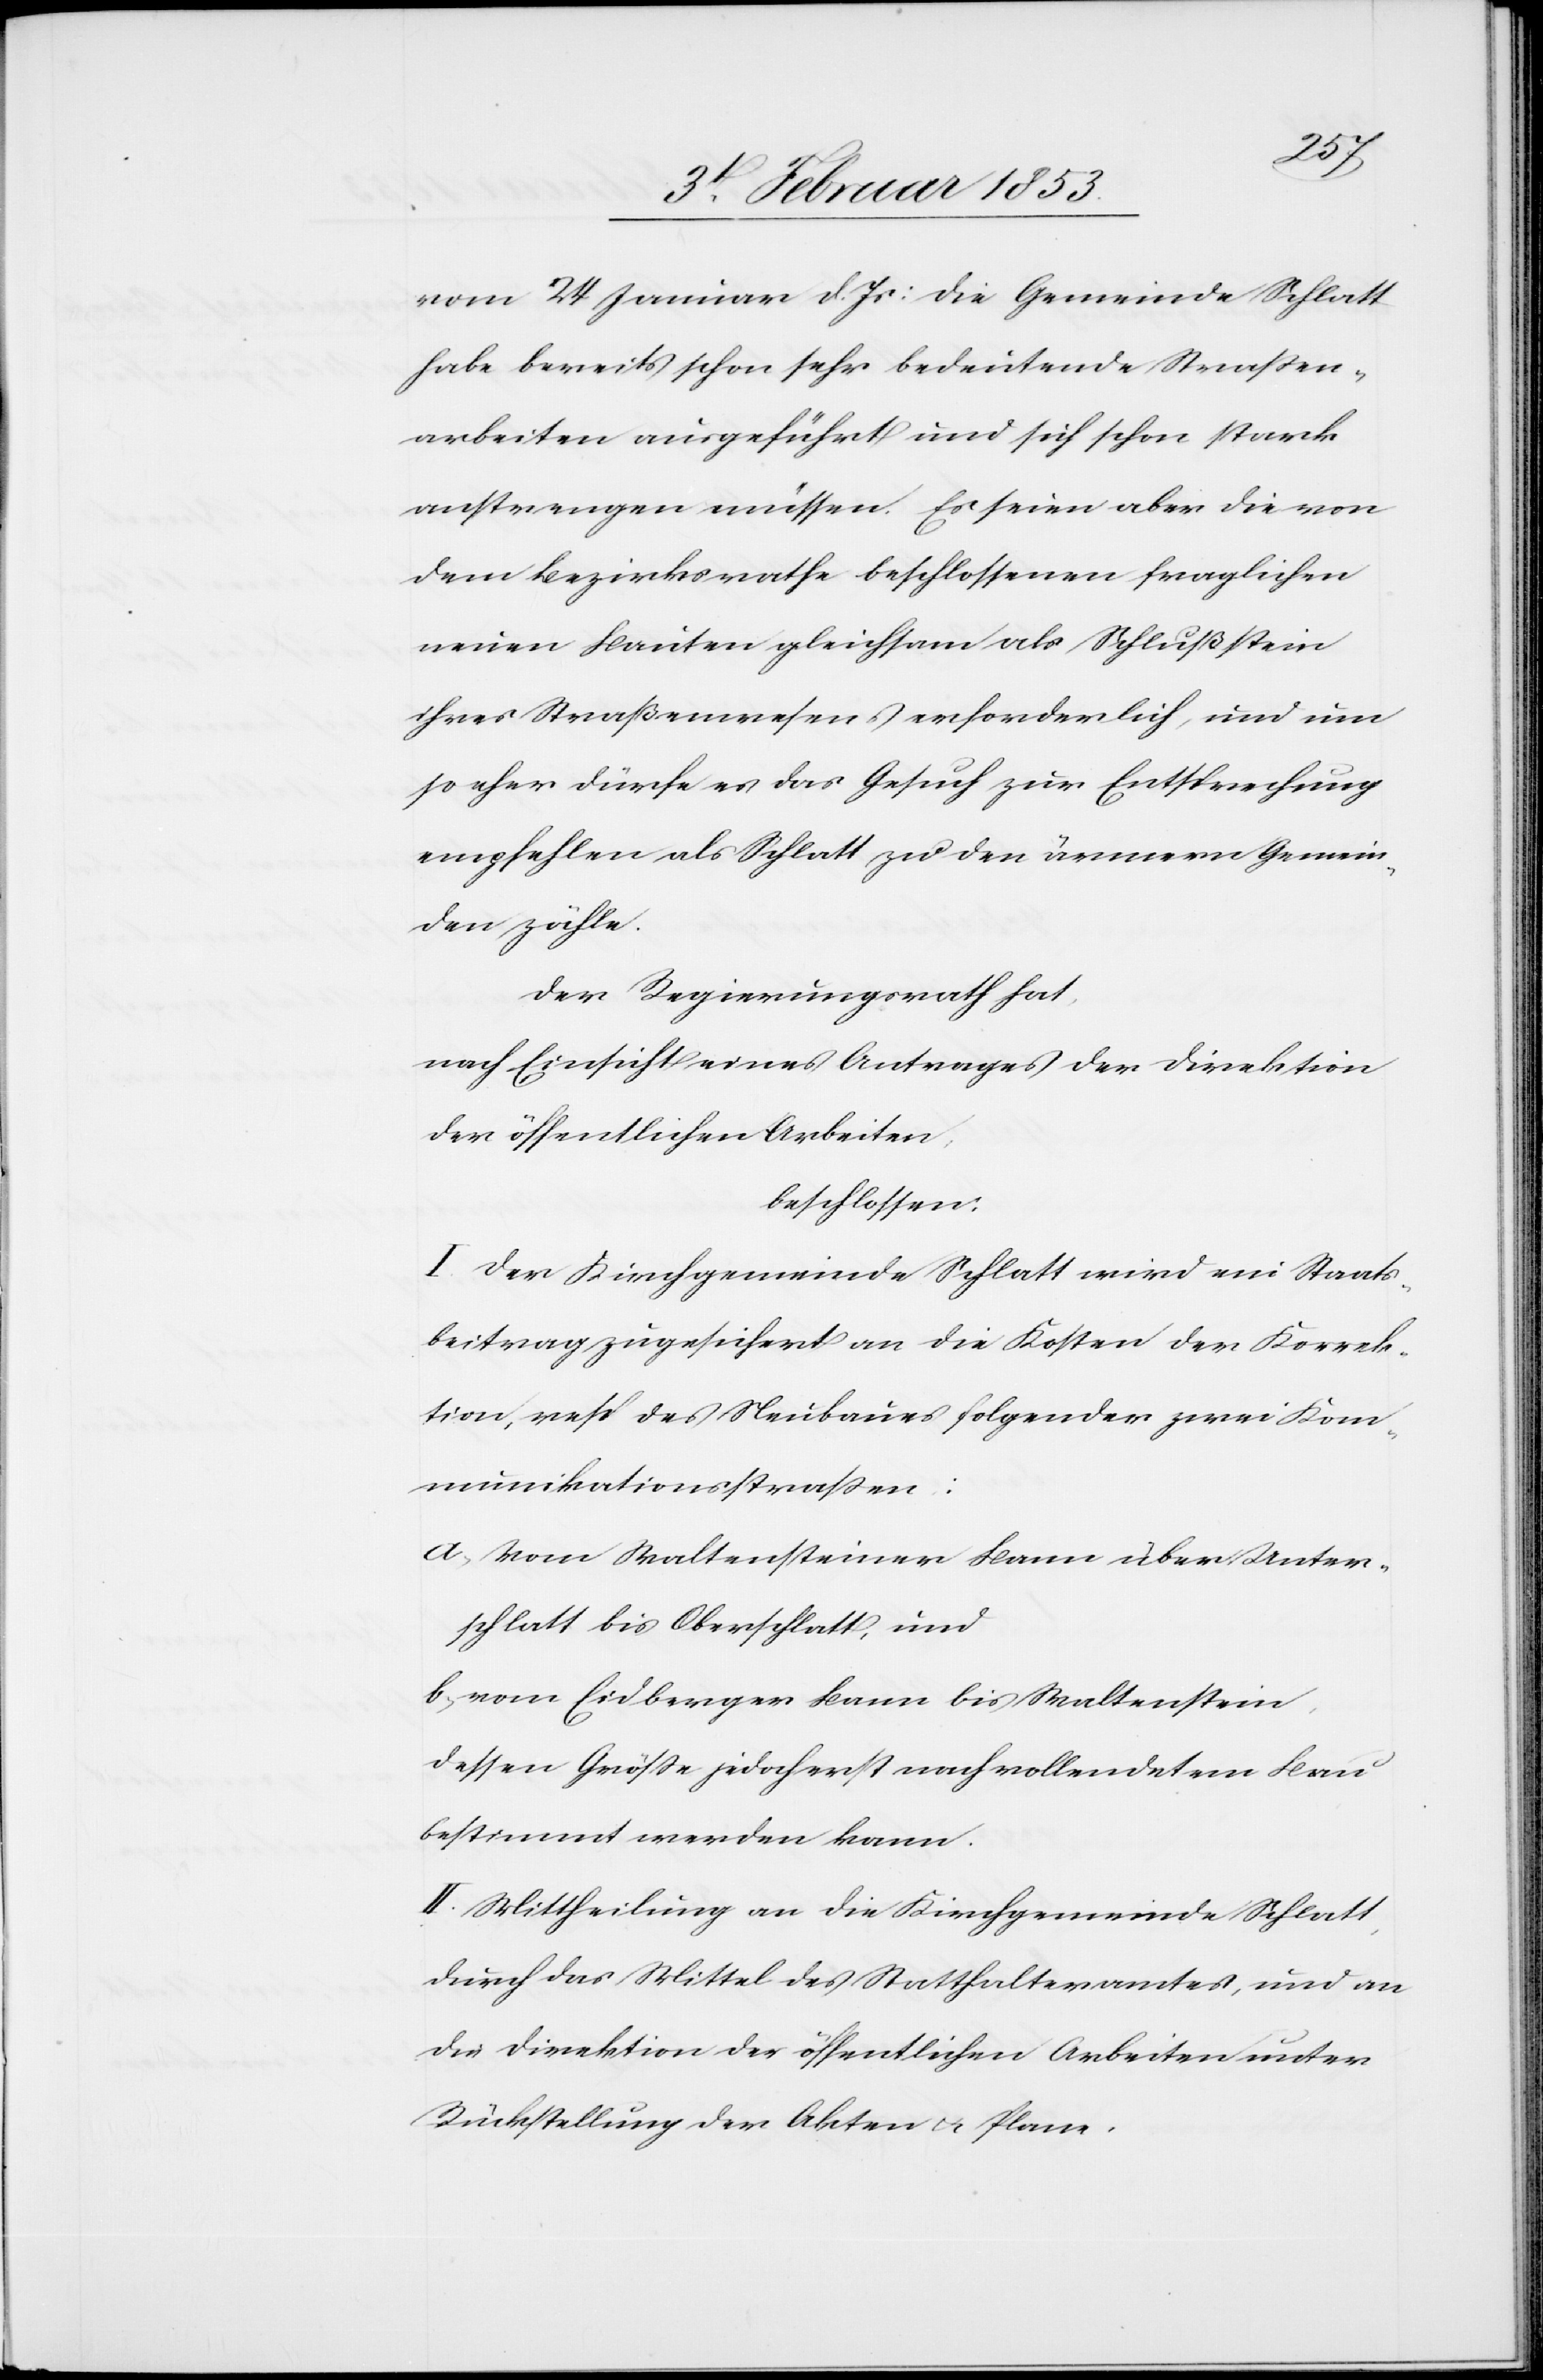
vom 24 Januar d. Js.: die Gemeinde Schlatt
habe bereits schon sehr bedeutende Straßen¬
arbeiten ausgeführt und sich schon stark
anstrengen müssen. Es seien aber die von
dem Bezirksrathe beschlossenen fraglichen
neuen Bauten gleichsam als Schlußstein
ihres Straßenwesens erforderlich, und um
so eher dürfe es das Gesuch zur Entsprechung
empfehlen als Schlatt zu den ärmern Gemein¬
den zähle.
Der Regierungsrath hat
nach Einsicht eines Antrages der Direktion
der öffentlichen Arbeiten,
beschlossen:
I. Der Kirchgemeinde Schlatt wird ein Staats¬
beitrag zugesichert an die Kosten der Korrek¬
tion, resp. des Neubaues folgender zwei Kom¬
munikationsstraßen:
a, Vom Waltensteiner Baum über Unter¬
schlatt bis Oberschlatt, und
b, vom Eidberger Baum bis Waltenstein,
dessen Größe jedoch erst nach vollendetem Bau
bestimmt werden kann.
II. Mittheilung an die Kirchgemeinde Schlatt,
durch das Mittel des Statthalteramtes, und an
die Direktion der öffentlichen Arbeiten unter
Rückstellung der Akten u. Plane.